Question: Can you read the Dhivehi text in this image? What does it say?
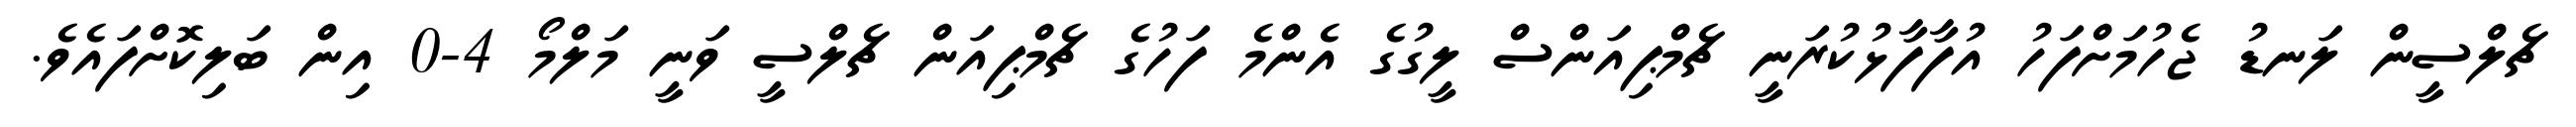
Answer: ޗެލްސީން ލަނޑު ޖެހުމަށްފަހު އުފާފާޅުކުރަނީ ޗެމްޕިއަންސް ލީގުގެ އެންމެ ފަހުގެ ޗެމްޕިއަން ޗެލްސީ ވަނީ މަލްމޯ 4-0 އިން ބަލިކޮށްފައެވެ.